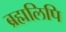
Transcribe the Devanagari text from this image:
ब्रह्मलिपि